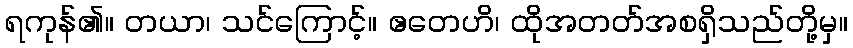
ရကုန်၏။ တယာ၊ သင်ကြောင့်။ ဧတေဟိ၊ ထိုအတတ်အစရှိသည်တို့မှ။